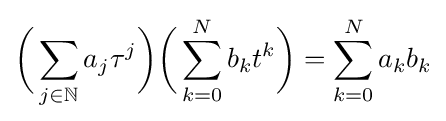
{\biggl (}\sum _{j\in \mathbb {N} }a_{j}\tau ^{j}{\biggr )}{\biggl (}\sum _{k=0}^{N}b_{k}t^{k}{\biggr )}=\sum _{k=0}^{N}a_{k}b_{k}